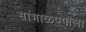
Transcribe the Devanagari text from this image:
सांभाळण्याला